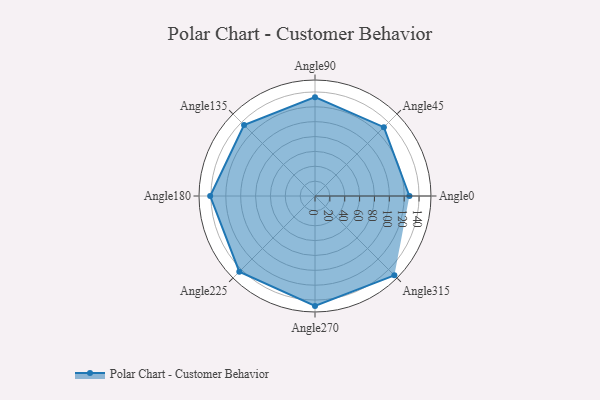
{"axis": {"x": "Angle", "y": "Radius"}, "legend": [""], "data": [{"x": "Angle0", "y": 127.0, "type": ""}, {"x": "Angle45", "y": 131.0, "type": ""}, {"x": "Angle90", "y": 133.0, "type": ""}, {"x": "Angle135", "y": 135.0, "type": ""}, {"x": "Angle180", "y": 141.0, "type": ""}, {"x": "Angle225", "y": 144.0, "type": ""}, {"x": "Angle270", "y": 148.0, "type": ""}, {"x": "Angle315", "y": 151.0, "type": ""}]}